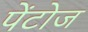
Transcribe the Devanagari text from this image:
पेंटोज